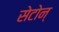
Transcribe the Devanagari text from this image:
सेटोन्